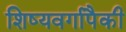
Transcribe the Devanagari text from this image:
शिष्यवर्गापैकी